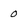
Character: 0